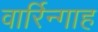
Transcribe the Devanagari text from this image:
वार्रिन्गाह